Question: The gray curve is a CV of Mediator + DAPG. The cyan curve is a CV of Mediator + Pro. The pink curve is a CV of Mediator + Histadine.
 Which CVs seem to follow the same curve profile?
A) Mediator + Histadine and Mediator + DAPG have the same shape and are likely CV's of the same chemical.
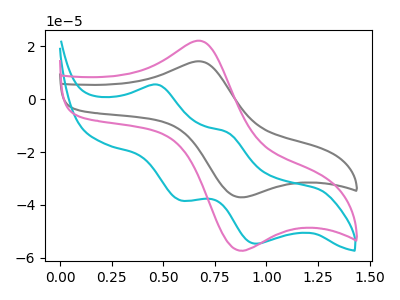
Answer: <think>The gray curve "Mediator + DAPG" has an anodic peak at (0.65V, 14.35uA) and a cathodic peak at (0.85V, -36.90uA). The cyan curve "Mediator + Pro" has anodic peaks at (0.50V, 5.40uA) (0.80V, -12.60uA) and cathodic peaks at (0.60V, -38.20uA) (0.95V, -54.65uA). The pink curve "Mediator + Histadine" has an anodic peak at (0.65V, 22.10uA) and a cathodic peak at (0.85V, -57.00uA).
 "Mediator + DAPG" and "Mediator + Pro" have a different number of peaks. All the peaks in "Mediator + DAPG" have a peak in "Mediator + Histadine" at the same potential. Every peak in "Mediator + DAPG" is lower than every peak in "Mediator + Histadine". "Mediator + Pro" and "Mediator + Histadine" have a different number of peaks.</think>
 <answer>A) "Mediator + Histadine" and "Mediator + DAPG" have the same shape and are likely CV's of the same chemical.</answer>
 <eval>A</eval>